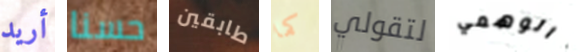
أريد حسنا طابقين كما لتقولي الوهمي